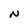
Character: N